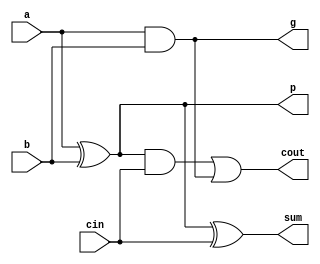
module fa_cla (
  input cin, a, b,
  output cout, sum,
  output p, g
);

  assign p = a ^ b;
  assign g = a & b;

  assign sum  =   p ^ cin;
  assign cout = ( p & cin ) | g;

endmodule

module fa_cla_tb;

  integer i;
  wire p, g, cout, sum;
  reg cin, a, b;

  fa_cla DUT(
    .cin(cin),
    .a(a),
    .b(b),
    .cout(cout),
    .sum(sum),
    .p(p),
    .g(g)
  );

  initial begin
    $monitor( $time, ": %03b => %02b, %b, %b",
      { cin, a, b }, { cout, sum }, p, g );

    { cin, a, b } = 0;
    for( i=1; i<2**3; i=i+1 ) begin
      #10 { cin, a, b } = i;
    end

    #10 $stop;
  end

endmodule